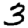
Digit: 3